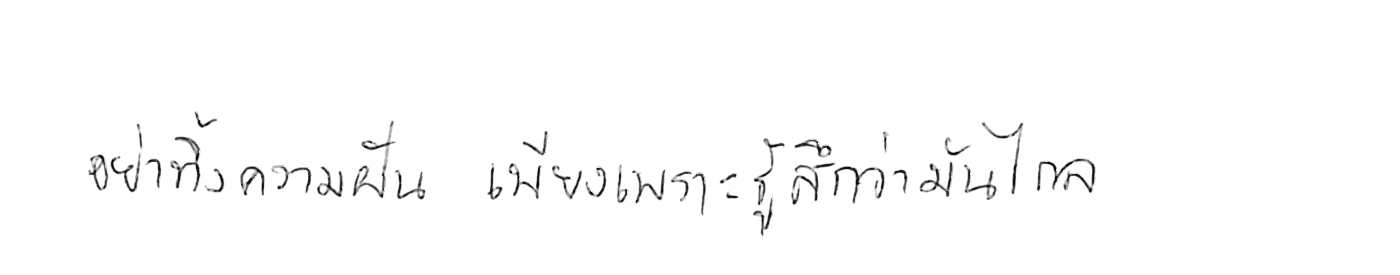
อย่าทิ้งความฝัน เพียงเพราะรู้สึกว่ามันไกล